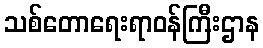
သစ်တောရေးရာဝန်ကြီးဌာန